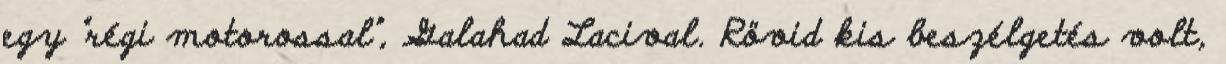
egy "régi motorossal", Galahad Lacival. Rövid kis beszélgetés volt,